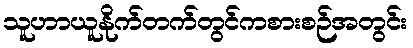
သူဟာယူနိုက်တက်တွင်ကစားစဉ်အတွင်း